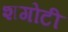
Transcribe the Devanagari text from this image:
शगोटी